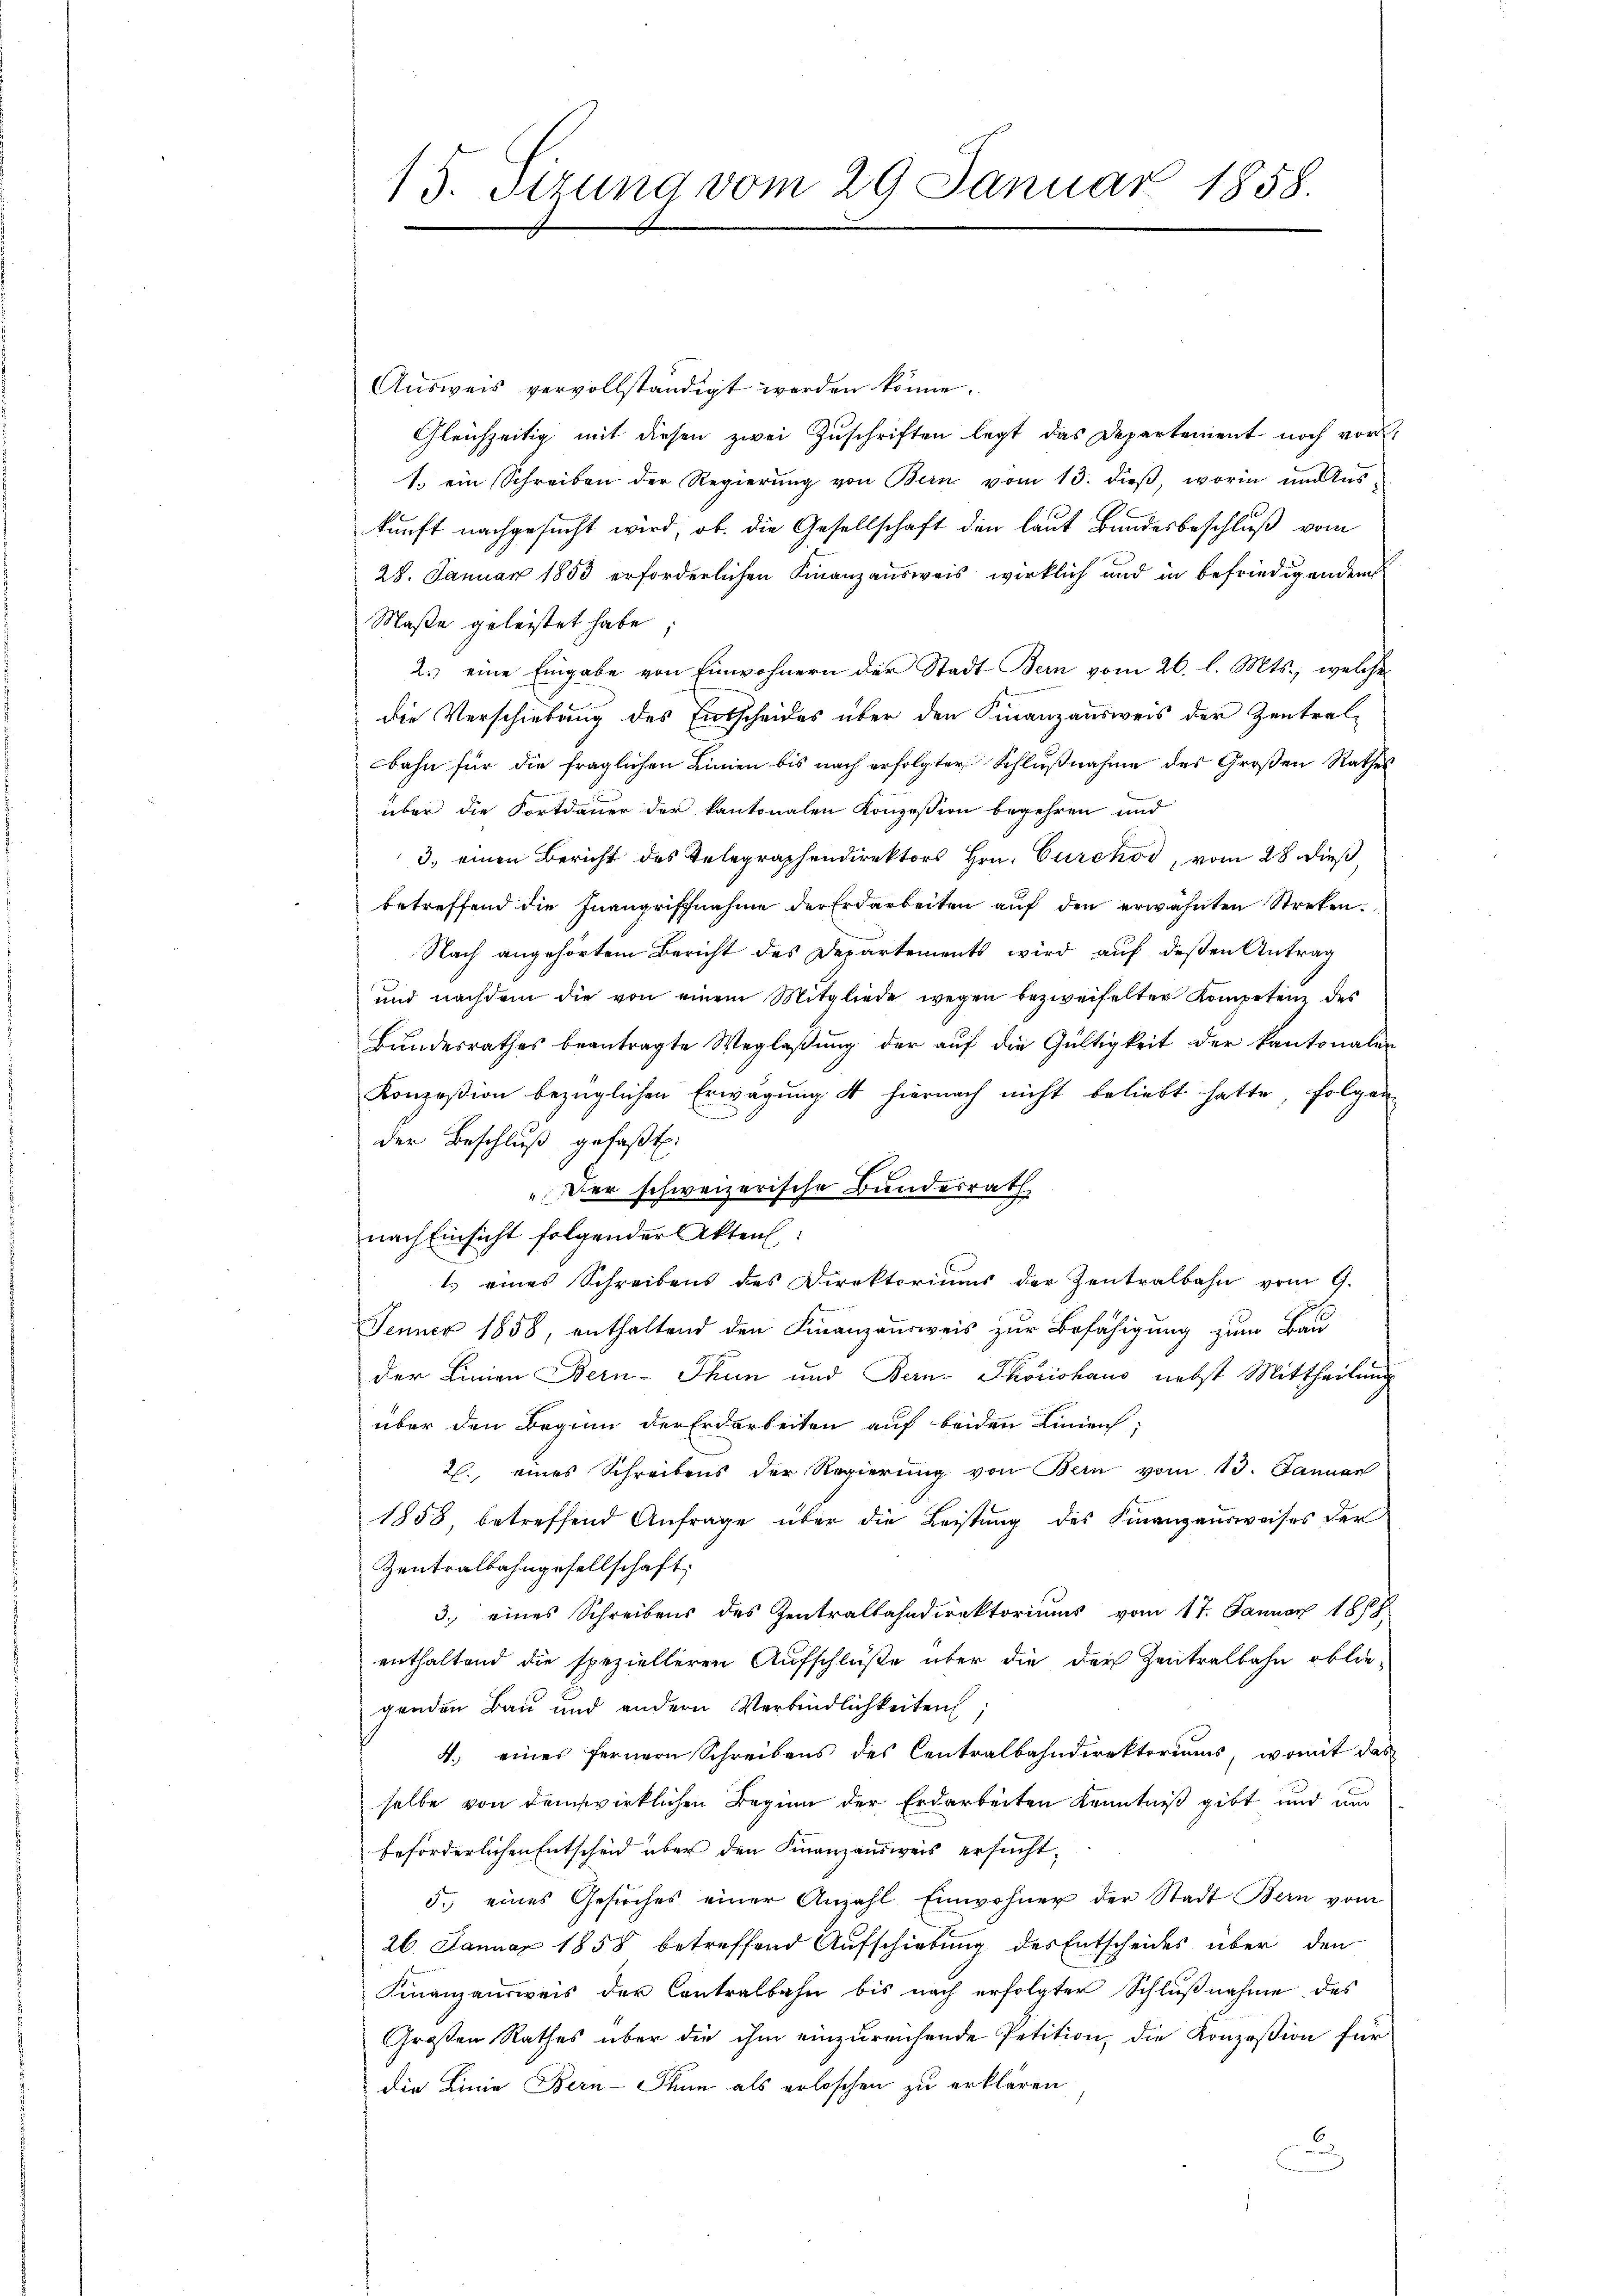
15. Sizung vom 29 Januar 1858.

Aŭsweis vervollständigt werden könne.
Gleichzeitig mit diesen zwei Zuschriften legt das Departement noch vor
1. ein Schreiben der Regierŭng von Bern vom 13. dieβ, worin und Aus-
kunft nachgesucht wird, ob die Gesellschaft den laut Bundesbeschluß vom
28. Januar 1853 erforderlichen Finanzausweis wirklich und in befriedigenden
Maße geleistet habe
2.) eine Eingabe von Einwohnern der Stadt Bern vom 26. l. Mts., welche
Die Verschiebung des Entscheides über den Finanzausweis der Zentralbahn für die fraglichen Linien bis nach erfolgter Schlußnahme des Großen Rathes
über die Fortdauer der kantonalen Konzession begehren und
3. einen Bericht des Telegraphendirektors Hrn. Curckod, vom 28 dieß
betreffend die Inangriffnahme der Erdarbeiten auf den erwähnten Streken.
Nach angehörtem Bericht des Departements wird auf deßen Antrag
ŭnd nachdem die von einem Mitgliede wegen bezweifelter Kompetenz des
Bŭndesrathes beantragte Weglaβŭng der aŭf die Gültigkeit der kantonalen
Konzesion bezüglichen Erwägung 4 hiernach nicht beliebt hatte, folgen
der Beschluß gefaßt:
"Der schweizerische Bundesrath
nach Einsicht folgender Akten:
1. eines Schreibens des Direktoriums der Zentralbahn vom 9.
Jenner 1858, enthaltend den Finanzausweis zur Befähigung zum Bau
der Linien Bern-Thun und Bern- Thorishaus nebst Mittheilung
über den Beginn der Erdarbeiten auf beiden Linien,
26., eines Schreibens der Regierŭng von Bern vom 13. Januar
1858, betreffend Anfrage über die Leistung des Finanzausweises der
Zentralbahngesellschaft
3. eines Schreibens des Zentralbahndirektoriums vom 17. Januar 1878
enthaltend die spezielleren Aufschlüße über die der Zentralbahn obliegenden Bau und andern Verbindlichkeiten;
4.) eines fernern Schreibens des Centralbahndirektoriums, womit das
selbe von dem wirklichen Beginn der Erdarbeiten Kenntniß gibt und um
beförderlichen Entscheid über den Finanzausweis ersucht,
5.) eines Gesŭches einer Anzahl Einwohner der Stadt Bern vom
26. Januar 1858 betreffend Aufschiebung des Entscheides über den
Finanzausweis der Contralbahn bis nach erfolgter Schlußnahme des
Großen Rathes über die ihm einzureichende Petition, die Konzession für
die Linie Bern-Thun als erloschen zu erklären
.